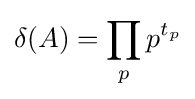
\delta (A)=\prod _{p}p^{t_{p}}